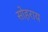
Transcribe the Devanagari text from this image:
सोहराय